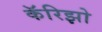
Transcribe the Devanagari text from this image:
कॅरिझो